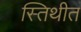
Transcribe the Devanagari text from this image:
स्तिथीत